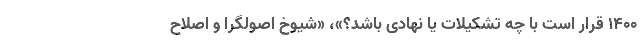
۱۴۰۰ قرار است با چه تشکیلات یا نهادی باشد؟»، «شیوخ اصولگرا و اصلاح